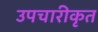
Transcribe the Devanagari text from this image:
उपचारीकृत